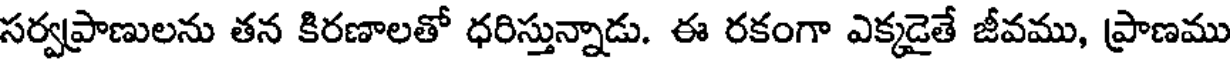
సర్వప్రాణులను తన కిరణాలతో ధరిస్తున్నాడు. ఈ రకంగా ఎక్కడైతే జీవము, ప్రాణము